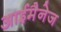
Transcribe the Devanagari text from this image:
आईमैनेज